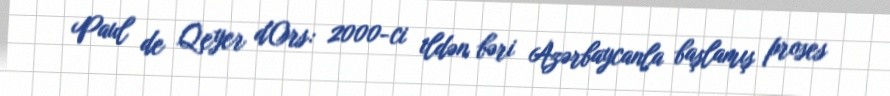
Paul de Qeyer d'Ors: 2000-ci ildən bəri Azərbaycanla başlamış proses